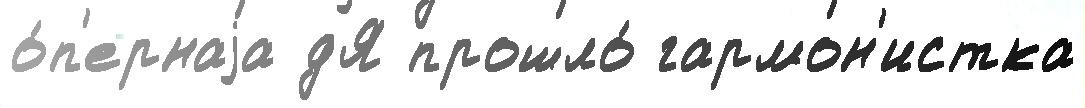
о́п'ернаjа дЯ прошло́ гармон'истка